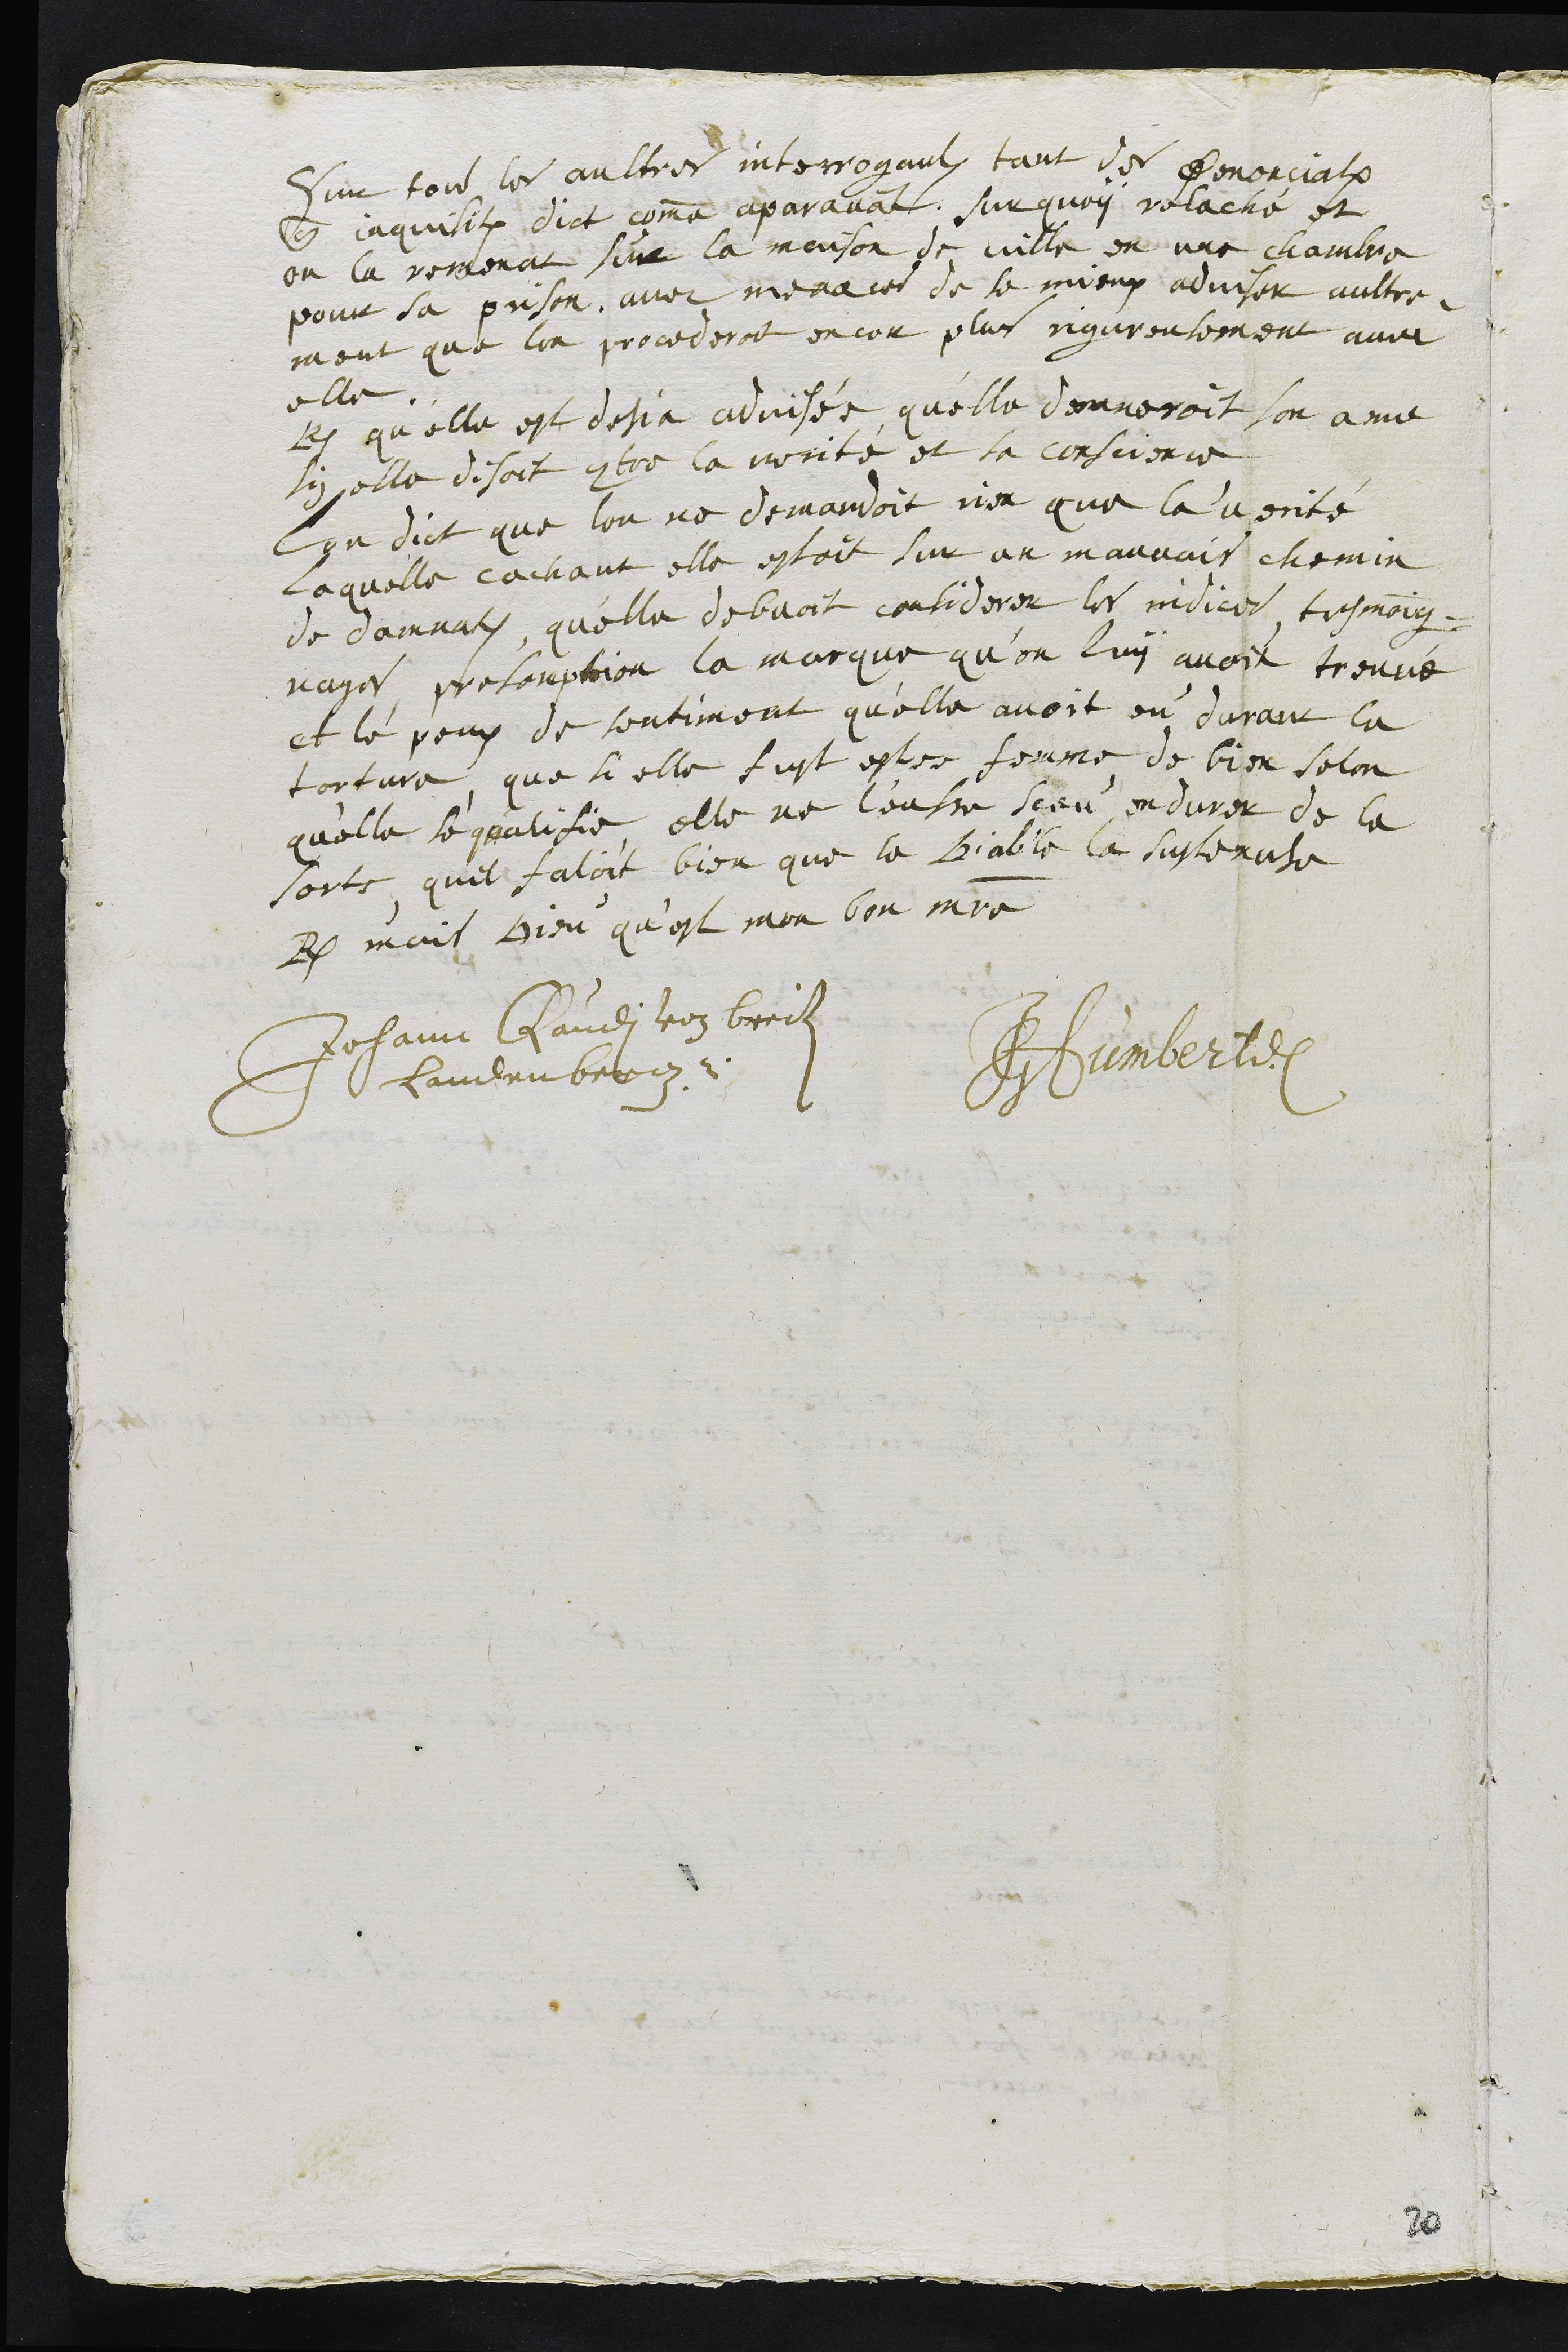
Sur tous les aultres interrogaulx tant des Denonciations
que inquisitions dict comme aparavant, sur quoy relaché et
on la remenat sur la maison de ville en une chambre
pour sa prison avec menaces de se mieux adviser aultre¬
ment que lon procederoit encor plus rigoreusement avec
elle.
R. qu’elle est desja advisée, qu'elle donneroit son ame
si elle disoit contre la verité et sa conscience
Lon dict que lon ne demandoit rien que la verité
Laquelle cachant elle estoit sur un mauvais chemin
de damnation, qu'elle debvoit considerer les indices tesmoing¬
nages, presomption la marque qu’on luy avoit treuvé
et le peux de sentiment qu'elle avoit eu durant la
torture, que si elle fust estee femme de bien selon
qu'elle se qualifie, elle ne l'eusse sceu endurer de la
sorte, quel faloit bien que le Diable la sustenase
R. mais Dieu qu'est mon bon maitre
Johann Claudi von breiten
Landenberg.
JGHumbert
20